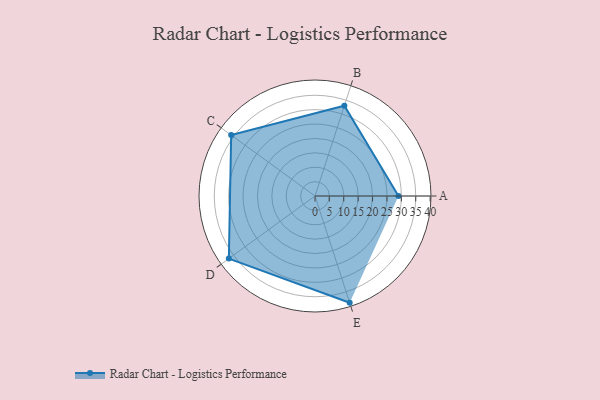
{"axis": {"x": "Skill", "y": "Score"}, "legend": ["Profile"], "data": [{"x": "A", "y": 29.0, "type": "Profile"}, {"x": "B", "y": 33.0, "type": "Profile"}, {"x": "C", "y": 36.0, "type": "Profile"}, {"x": "D", "y": 37.0, "type": "Profile"}, {"x": "E", "y": 39.0, "type": "Profile"}]}